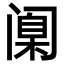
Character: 𫔶